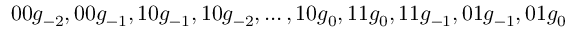
0 0 g _ { - 2 } , 0 0 g _ { - 1 } , 1 0 g _ { - 1 } , 1 0 g _ { - 2 } , \ldots , 1 0 g _ { 0 } , 1 1 g _ { 0 } , 1 1 g _ { - 1 } , 0 1 g _ { - 1 } , 0 1 g _ { 0 }